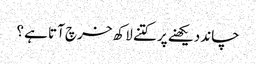
چاند دیکھنے پر کتنے لاکھ خرچ آتا ہے ؟